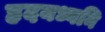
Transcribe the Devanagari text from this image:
हृदयध्वनि